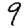
Digit: 9